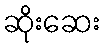
ဆိုးဆေး